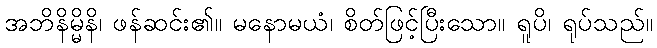
အဘိနိမ္မိနိ၊ ဖန်ဆင်း၏။ မနောမယံ၊ စိတ်ဖြင့်ပြီးသော။ ရူပိ၊ ရုပ်သည်။